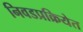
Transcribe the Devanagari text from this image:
निवडप्रक्रियेत